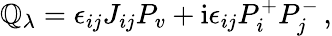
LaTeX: \mathbb{Q}_{\lambda}=\epsilon_{ij}J_{ij}P_{v}+\mathrm{{i}}\epsilon_{ij}P_{i}^{+}P_{j}^{-}\, ,